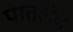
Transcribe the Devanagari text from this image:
पातलेय